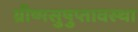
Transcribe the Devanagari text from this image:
ग्रीष्मसुषुप्तावस्था